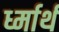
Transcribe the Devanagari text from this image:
र्ध्मार्थ